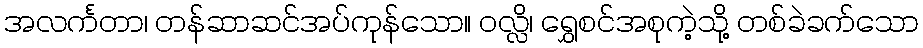
အလင်္ကတာ၊ တန်ဆာဆင်အပ်ကုန်သော။ ဝလ္လိ၊ ရွှေစင်အစုကဲ့သို့ တစ်ခဲခက်သော